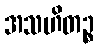
အသဟိတဉ္စ